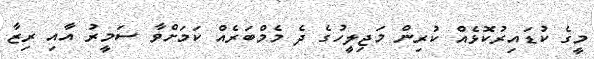
މީގެ ކުޑައިރުކޮޅެއް ކުރިން މަޖިލީހުގެ ދެ މެމްބަރެއް ކަމަށްވާ ސަމީރު އާއި ރިޒާ